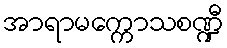
အာရာမက္ကောသစဏ္ဍီ